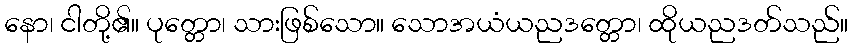
နော၊ ငါတို့၏။ ပုတ္တော၊ သားဖြစ်သော။ သောအယံယညဒတ္တော၊ ထိုယညဒတ်သည်။